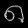
Digit: ၈